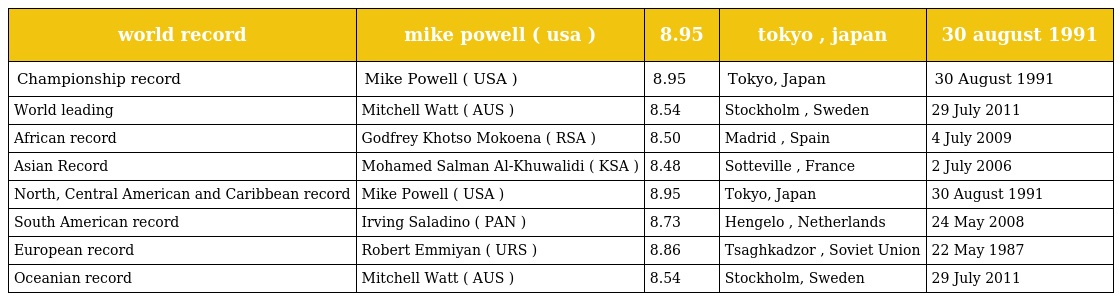
| world record | mike powell ( usa ) | 8.95 | tokyo , japan | 30 august 1991 |
 | --- | --- | --- | --- | --- |
 | Championship record | Mike Powell ( USA ) | 8.95 | Tokyo, Japan | 30 August 1991 |
 | World leading | Mitchell Watt ( AUS ) | 8.54 | Stockholm , Sweden | 29 July 2011 |
 | African record | Godfrey Khotso Mokoena ( RSA ) | 8.50 | Madrid , Spain | 4 July 2009 |
 | Asian Record | Mohamed Salman Al-Khuwalidi ( KSA ) | 8.48 | Sotteville , France | 2 July 2006 |
 | North, Central American and Caribbean record | Mike Powell ( USA ) | 8.95 | Tokyo, Japan | 30 August 1991 |
 | South American record | Irving Saladino ( PAN ) | 8.73 | Hengelo , Netherlands | 24 May 2008 |
 | European record | Robert Emmiyan ( URS ) | 8.86 | Tsaghkadzor , Soviet Union | 22 May 1987 |
 | Oceanian record | Mitchell Watt ( AUS ) | 8.54 | Stockholm, Sweden | 29 July 2011 |